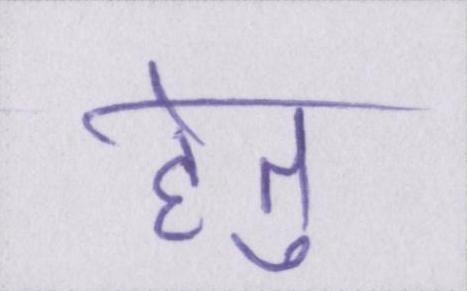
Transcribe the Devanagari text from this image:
हेतु